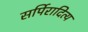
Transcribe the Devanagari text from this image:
सर्पिरादित्य